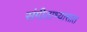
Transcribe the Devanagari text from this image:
संगीताभ्यासात